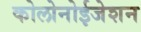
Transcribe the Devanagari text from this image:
कोलोनोईजेशन